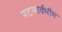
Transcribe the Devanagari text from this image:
नटसार्वभौम